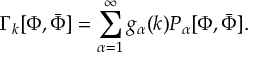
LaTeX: \Gamma _ { k } [ \Phi , { \bar { \Phi } } ] = \sum _ { \alpha = 1 } ^ { \infty } g _ { \alpha } ( k ) P _ { \alpha } [ \Phi , { \bar { \Phi } } ] .